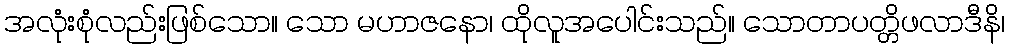
အလုံးစုံလည်းဖြစ်သော။ သော မဟာဇနော၊ ထိုလူအပေါင်းသည်။ သောတာပတ္တိဖလာဒီနိ၊